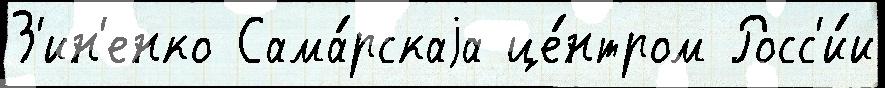
З'ин'енко Сама́рскаjа це́нтром Росс'и́и